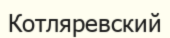
Котляревский